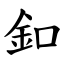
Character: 釦